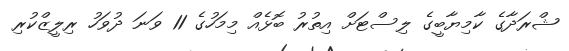
ޝްރަދާގެ ކާމިޔާބީގެ ލިސްޓަށް އިތުރު ބޮޅެއް މިމަހުގެ 11 ވަނަ ދުވަހު ރިލީޒްކުރި